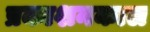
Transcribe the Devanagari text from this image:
प्रकाशनकाल